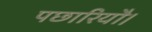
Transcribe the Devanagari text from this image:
पछारियौ।